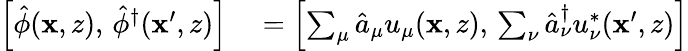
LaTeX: \begin{array}{rl}{\left[\hat{\phi}(\mathbf{x},z),\, \hat{\phi}^{\dagger}(\mathbf{x}^{\prime},z)\right]}&{{}=\Bigl[\sum_{\mu}\hat{a}_{\mu}u_{\mu}(\mathbf{x},z),\, \sum_{\nu}\hat{a}_{\nu}^{\dagger}u_{\nu}^{*}(\mathbf{x}^{\prime},z)\Bigr]}\end{array}